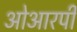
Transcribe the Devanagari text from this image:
ओआरपी